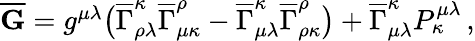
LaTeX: \begin{array}{r}{\overline{{\mathbf{G}}}=g^{\mu\lambda}\bigl(\overline{{\Gamma}}_{\rho\lambda}^{\kappa}\overline{{\Gamma}}_{\mu\kappa}^{\rho}-\overline{{\Gamma}}_{\mu\lambda}^{\kappa}\overline{{\Gamma}}_{\rho\kappa}^{\rho}\bigr)+\overline{{\Gamma}}_{\mu\lambda}^{\kappa}P^{\mu\lambda}_{\kappa}\, ,}\end{array}